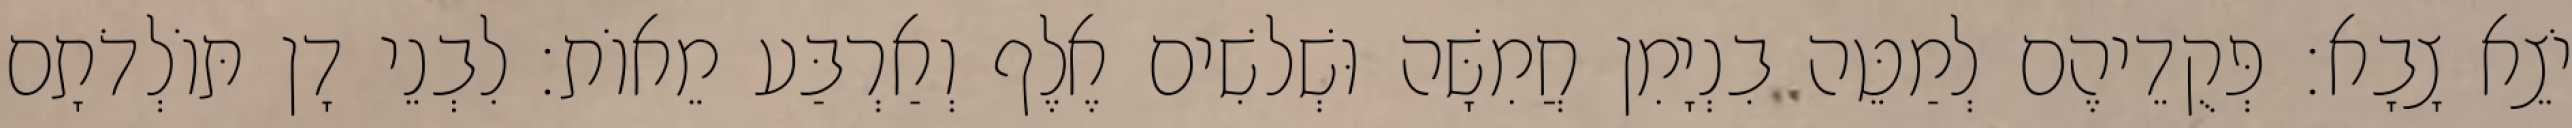
יֹצֵא צָבָא׃ פְּקֻדֵיהֶם לְמַטֵּה בִנְיָמִן חֲמִשָּׁה וּשְׁלשִׁים אֶלֶף וְאַרְבַּע מֵאוֹת׃ לִבְנֵי דָן תּוֹלְדֹתָם